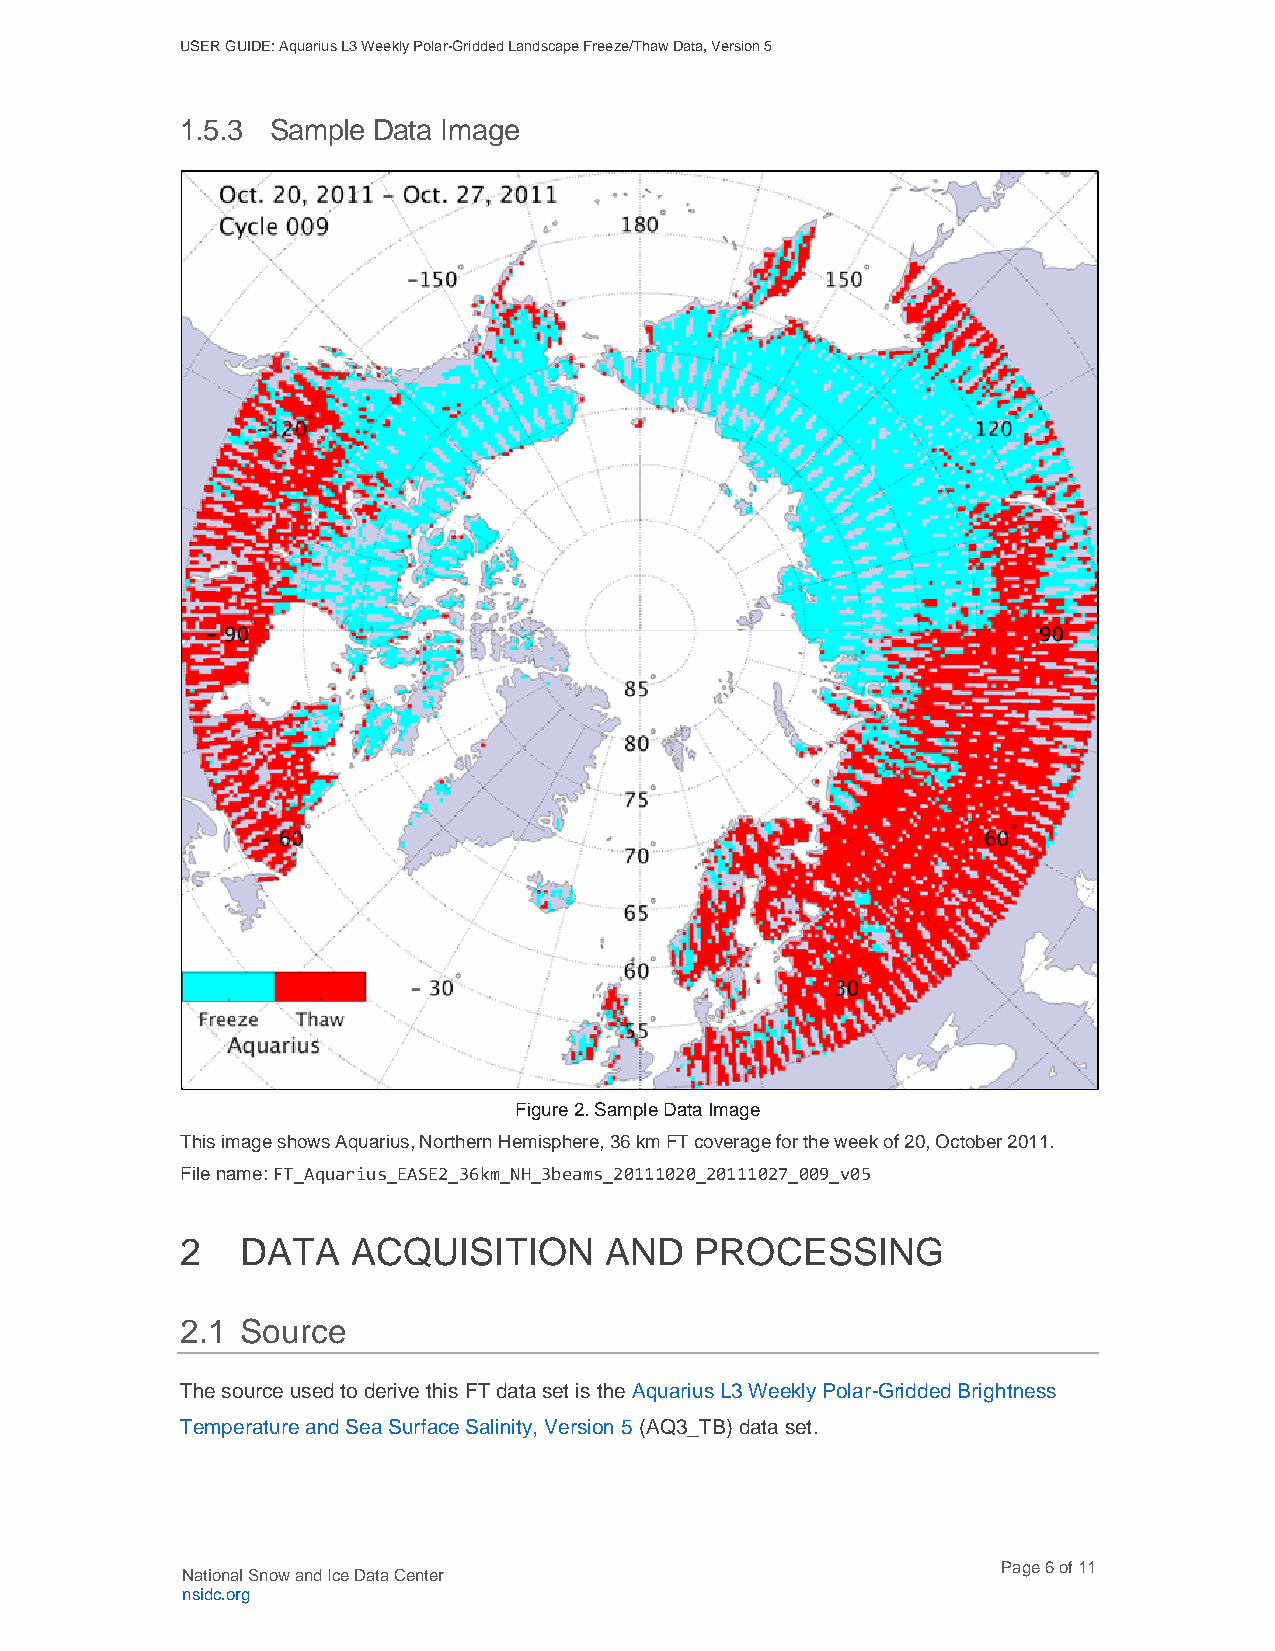
USER GUIDE: Aquarius L3 Weekly Polar-Gridded Landscape Freeze/Thaw Data, Version 5
 1.5.3 Sample Data Image
 Figure 2. Sample Data Image
 This image shows Aquarius, Northern Hemisphere, 36 km FT coverage for the week of 20, October 2011.
 File name: FT_Aquarius_EASE2_36km_NH_3beams_20111020_20111027_009_v05
 2   DATA   ACQUISITION      AND   PROCESSING
 2.1 Source
 The source used to derive this FT data set is the Aquarius L3 Weekly Polar-Gridded Brightness
 Temperature and Sea Surface Salinity, Version 5 (AQ3_TB) data set.
 Page 6 of 11
 National Snow and Ice Data Center
 nsidc.org